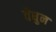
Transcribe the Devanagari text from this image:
वेधुन